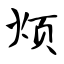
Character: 烦